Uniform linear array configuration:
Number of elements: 32
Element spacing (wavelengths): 0.75
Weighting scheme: hamming
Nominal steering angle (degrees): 45
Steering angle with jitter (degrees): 46.769
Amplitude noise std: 0.05
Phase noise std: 0.05

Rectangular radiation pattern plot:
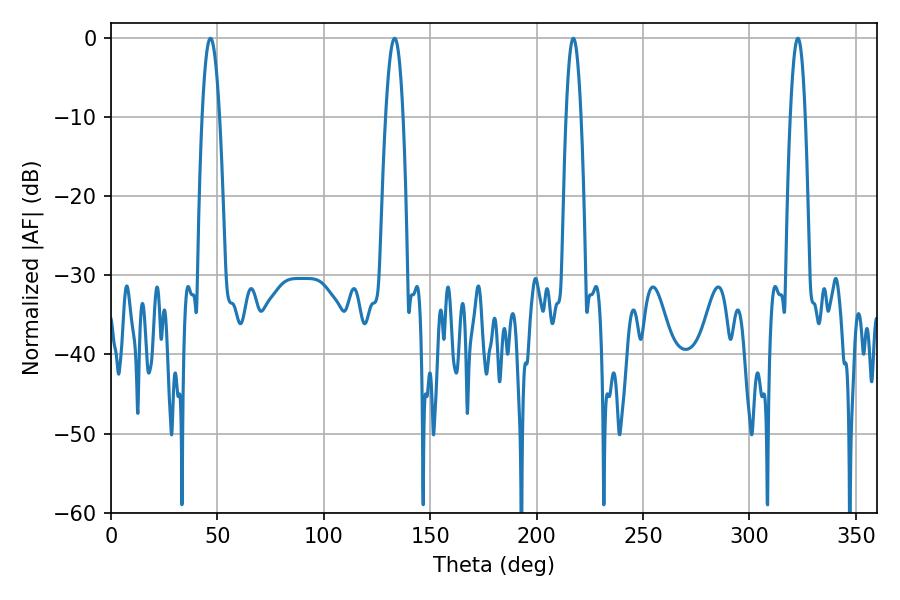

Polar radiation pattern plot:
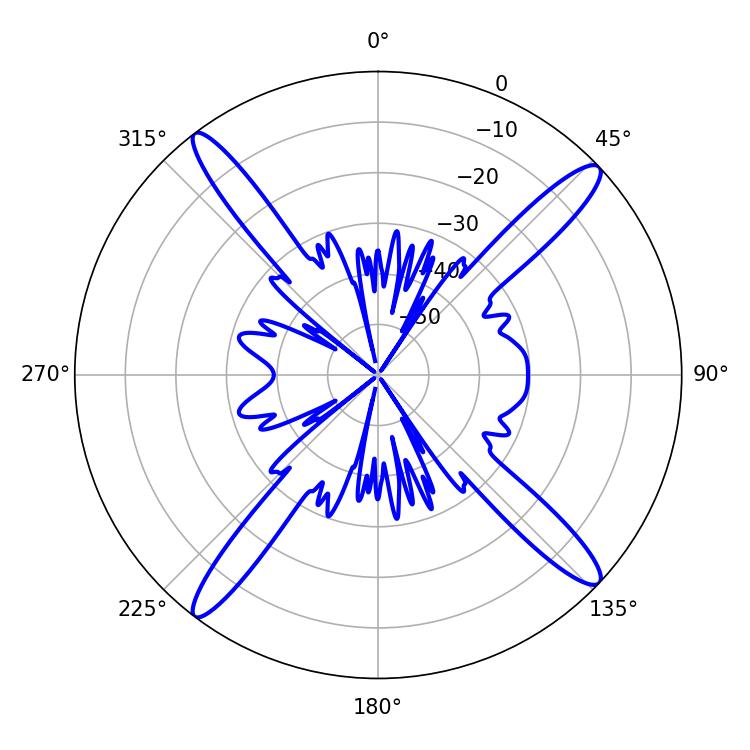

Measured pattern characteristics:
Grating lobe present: TRUE
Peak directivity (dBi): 17.463
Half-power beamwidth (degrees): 3.96
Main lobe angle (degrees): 217.26